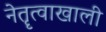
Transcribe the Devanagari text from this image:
नेतॄत्वाखाली